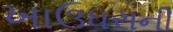
ખાઉધરાની